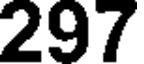
297